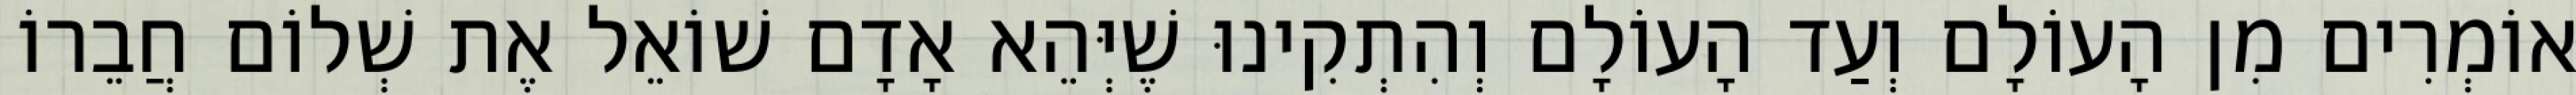
אוֹמְרִים מִן הָעוֹלָם וְעַד הָעוֹלָם וְהִתְקִינוּ שֶׁיְּהֵא אָדָם שׁוֹאֵל אֶת שְׁלוֹם חֲבֵרוֹ